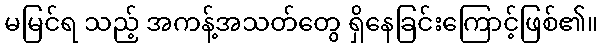
မမြင်ရ သည့် အကန့်အသတ်တွေ ရှိနေခြင်းကြောင့်ဖြစ်၏။